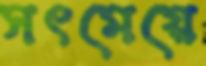
সৎমেয়ে